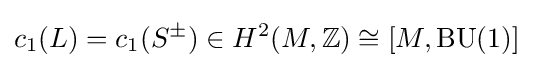
c_{1}(L)=c_{1}(S^{\pm })\in H^{2}(M,\mathbb {Z} )\cong [M,\operatorname {BU} (1)]